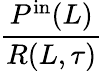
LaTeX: \frac{P^{\mathrm{in}}(L)}{R(L,\tau)}